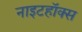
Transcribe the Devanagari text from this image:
नाइटहॉक्स